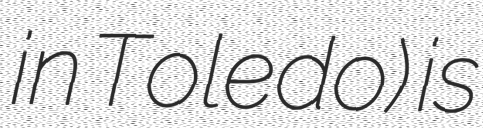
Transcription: in Toledo) is